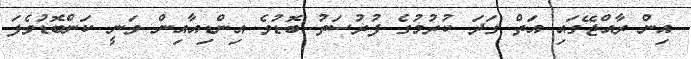
އިން ރާއްޖޭގައި އަތް ގަދަ ކުރުމުގެ ފުރުސަތު ބޮޑުވެ އިންޑިއާއިން ވަނީ ކަންބޮޑުވެފަ